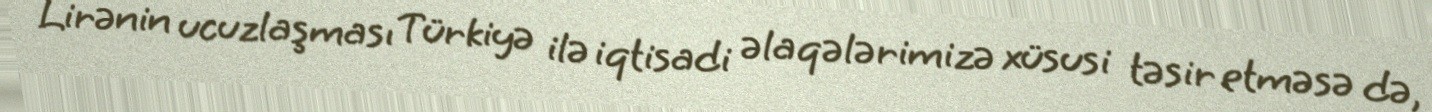
Lirənin ucuzlaşması Türkiyə ilə iqtisadi əlaqələrimizə xüsusi təsir etməsə də,